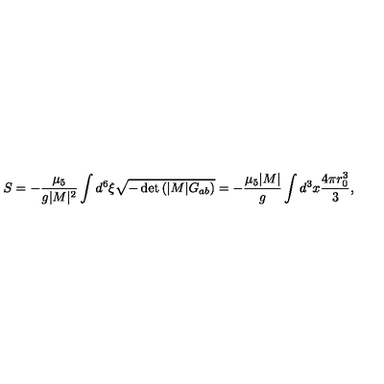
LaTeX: S = - \frac { \mu _ { 5 } } { g | M | ^ { 2 } } \int d ^ { 6 } \xi \sqrt { - \det \left( | M | G _ { a b } \right) } = - \frac { \mu _ { 5 } | M | } { g } \int d ^ { 3 } x \frac { 4 \pi r _ { 0 } ^ { 3 } } { 3 } ,